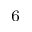
^ { - 6 }